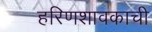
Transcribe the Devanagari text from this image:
हरिणशावकाची